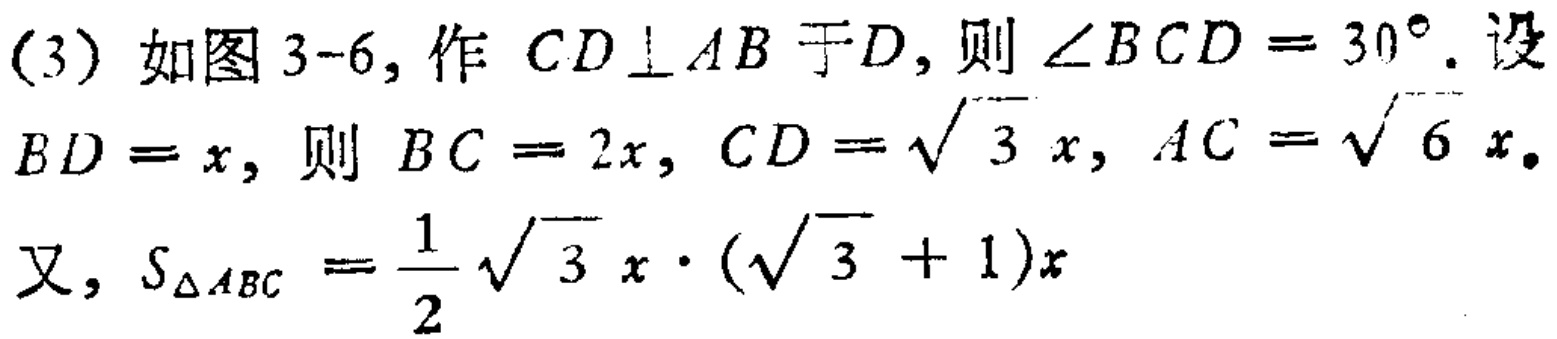
(3) 如图3-6, 作 \(CD\perp AB\) 于 \(D\), 则 \(\angle BCD = 30^{\circ}\). 设 \(BD = x\), 则 \(BC = 2x\), \(CD=\sqrt{3}x\), \(AC=\sqrt{6}x\). 又, \(S_{\triangle ABC}=\frac{1}{2}\sqrt{3}x\cdot(\sqrt{3}+1)x\)